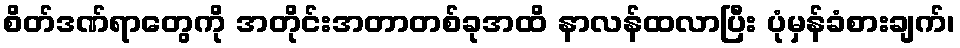
စိတ်ဒဏ်ရာတွေကို အတိုင်းအတာတစ်ခုအထိ နာလန်ထလာပြီး ပုံမှန်ခံစားချက်၊